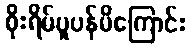
စိုးရိမ်ပူပန်မိကြောင်း